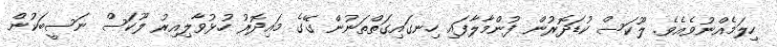
ހިލަމެއްނުވެއެވެ. ލޫކަސް ކުޑަދޮރުން ފުންމާލާފައި ހިނގައިގަތްތަނުން ގޭގެ މައިދޮރު ހުޅުވާލިއިރު ލޫކަސް ނަސީބަކުން